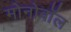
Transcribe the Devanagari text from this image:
मोनोवॉल